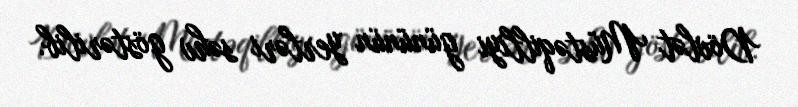
Dövlət Müstəqilliyi gününün yerləri səhv göstərilib.